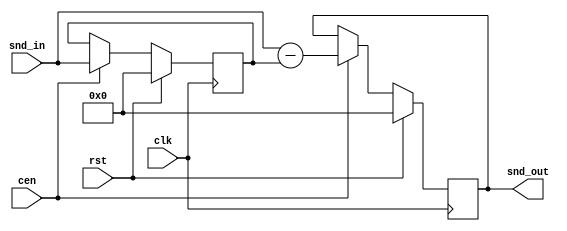
/*
  
   Multicore 2 / Multicore 2+
  
   Copyright (c) 2017-2020 - Victor Trucco

  
   All rights reserved
  
   Redistribution and use in source and synthezised forms, with or without
   modification, are permitted provided that the following conditions are met:
  
   Redistributions of source code must retain the above copyright notice,
   this list of conditions and the following disclaimer.
  
   Redistributions in synthesized form must reproduce the above copyright
   notice, this list of conditions and the following disclaimer in the
   documentation and/or other materials provided with the distribution.
  
   Neither the name of the author nor the names of other contributors may
   be used to endorse or promote products derived from this software without
   specific prior written permission.
  
   THIS CODE IS PROVIDED BY THE COPYRIGHT HOLDERS AND CONTRIBUTORS "AS IS"
   AND ANY EXPRESS OR IMPLIED WARRANTIES, INCLUDING, BUT NOT LIMITED TO,
   THE IMPLIED WARRANTIES OF MERCHANTABILITY AND FITNESS FOR A PARTICULAR
   PURPOSE ARE DISCLAIMED. IN NO EVENT SHALL THE AUTHOR OR CONTRIBUTORS BE
   LIABLE FOR ANY DIRECT, INDIRECT, INCIDENTAL, SPECIAL, EXEMPLARY, OR
   CONSEQUENTIAL DAMAGES (INCLUDING, BUT NOT LIMITED TO, PROCUREMENT OF
   SUBSTITUTE GOODS OR SERVICES; LOSS OF USE, DATA, OR PROFITS; OR BUSINESS
   INTERRUPTION) HOWEVER CAUSED AND ON ANY THEORY OF LIABILITY, WHETHER IN
   CONTRACT, STRICT LIABILITY, OR TORT (INCLUDING NEGLIGENCE OR OTHERWISE)
   ARISING IN ANY WAY OUT OF THE USE OF THIS SOFTWARE, EVEN IF ADVISED OF THE
   POSSIBILITY OF SUCH DAMAGE.
  
   You are responsible for any legal issues arising from your use of this code.
  
*//* This file is part of JT12.

 
    JT12 program is free software: you can redistribute it and/or modify
    it under the terms of the GNU General Public License as published by
    the Free Software Foundation, either version 3 of the License, or
    (at your option) any later version.

    JT12 program is distributed in the hope that it will be useful,
    but WITHOUT ANY WARRANTY; without even the implied warranty of
    MERCHANTABILITY or FITNESS FOR A PARTICULAR PURPOSE.  See the
    GNU General Public License for more details.

    You should have received a copy of the GNU General Public License
    along with JT12.  If not, see <http://www.gnu.org/licenses/>.

    Author: Jose Tejada Gomez. Twitter: @topapate
    Version: 1.0
    Date: 10-12-2018
    
*/

module jt12_comb #(parameter 
    w=16,   // bit width
    m=1     // depth of comb filter
)(
    input               rst,
    input               clk,
(* direct_enable *)    input cen,
    input  signed [w-1:0] snd_in,
    output reg signed [w-1:0] snd_out
);

wire signed [w-1:0] prev;

// m-delay stage
generate
    genvar k;
    reg signed [w-1:0] mem[0:m-1];
    assign prev=mem[m-1];
    for(k=1;k<m;k=k+1) begin : mem_gen
        always @(posedge clk)
            if(rst) begin
                mem[k] <= {w{1'b0}};
            end else if(cen) begin
                mem[k] <= mem[k-1];
            end
    end
    // k=0 (I take out to avoid a warning about mem[k-1] when k is 0)
    always @(posedge clk)
        if(rst) begin
            mem[0] <= {w{1'b0}};
        end else if(cen) begin
            mem[0] <= snd_in;
        end    
endgenerate

// Comb filter at synthesizer sampling rate
always @(posedge clk)
    if(rst) begin
        snd_out <= {w{1'b0}};
    end else if(cen) begin
        snd_out <= snd_in - prev;
    end

endmodule // jt12_comb